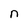
Character: n